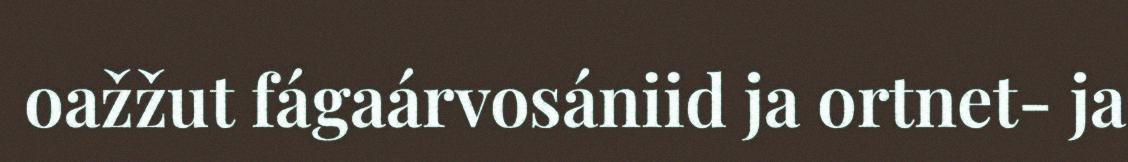
oažžut fágaárvosániid ja ortnet- ja